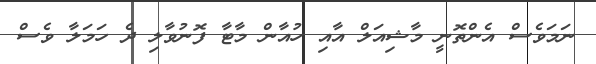
ނަމަވެސް އެންތޮނީ މާޝިއަލް އާއި ހުއާން މާޓާ ފޮނުވާލި ދެ ހަމަލާ ވެސް